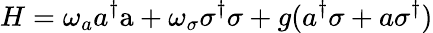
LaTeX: H=\omega_{a}a^{\dagger}\mathrm{a}+\omega_{\sigma}\sigma^{\dagger}\sigma+g(a^{\dagger}\sigma+a\sigma^{\dagger})